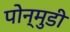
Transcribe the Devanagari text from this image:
पोन्मुडी